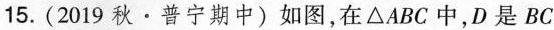
15.(2019秋·普宁期中)如图，在△ABC中，D是BC